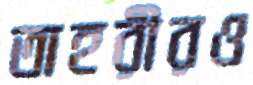
তাহরীরও